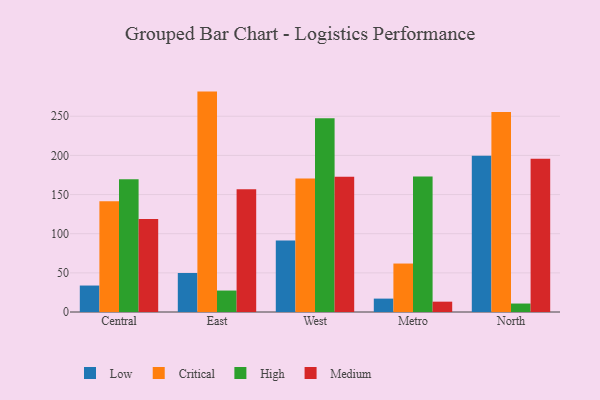
{"axis": {"x": "Region", "y": "Bounce Rate (%)"}, "legend": ["Critical", "High", "Low", "Medium"], "data": [{"x": "Central", "y": 33.8, "type": "Low"}, {"x": "Central", "y": 141.5, "type": "Critical"}, {"x": "Central", "y": 169.6, "type": "High"}, {"x": "Central", "y": 118.8, "type": "Medium"}, {"x": "East", "y": 49.8, "type": "Low"}, {"x": "East", "y": 281.5, "type": "Critical"}, {"x": "East", "y": 27.4, "type": "High"}, {"x": "East", "y": 156.7, "type": "Medium"}, {"x": "West", "y": 91.3, "type": "Low"}, {"x": "West", "y": 170.6, "type": "Critical"}, {"x": "West", "y": 247.4, "type": "High"}, {"x": "West", "y": 172.9, "type": "Medium"}, {"x": "Metro", "y": 17.1, "type": "Low"}, {"x": "Metro", "y": 61.9, "type": "Critical"}, {"x": "Metro", "y": 173.1, "type": "High"}, {"x": "Metro", "y": 13.2, "type": "Medium"}, {"x": "North", "y": 199.5, "type": "Low"}, {"x": "North", "y": 255.6, "type": "Critical"}, {"x": "North", "y": 10.8, "type": "High"}, {"x": "North", "y": 195.7, "type": "Medium"}]}